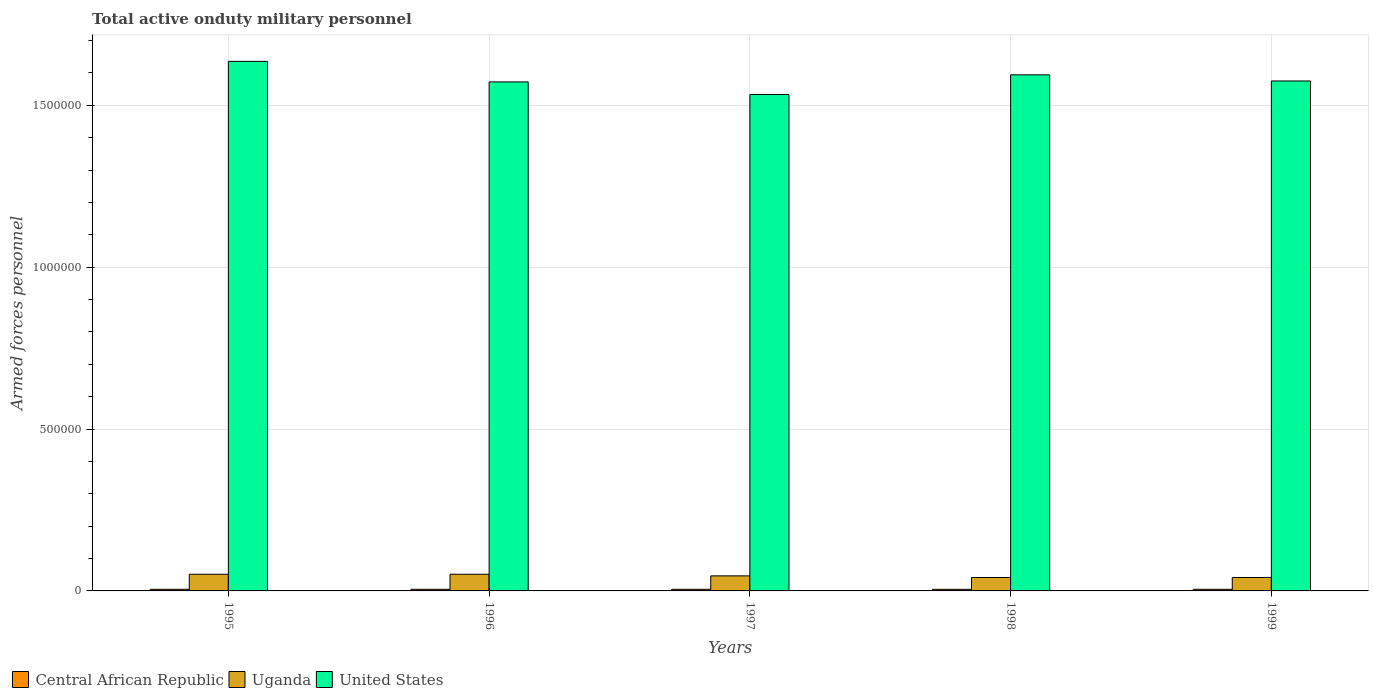
| Years | Central African Republic | Uganda | United States |
 | --- | --- | --- | --- |
 | 1995 | 5e+03 | 5.15e+04 | 1.64e+06 |
 | 1996 | 5e+03 | 5.15e+04 | 1.57e+06 |
 | 1997 | 5e+03 | 4.65e+04 | 1.53e+06 |
 | 1998 | 4.95e+03 | 4.15e+04 | 1.59e+06 |
 | 1999 | 5e+03 | 4.15e+04 | 1.58e+06 |